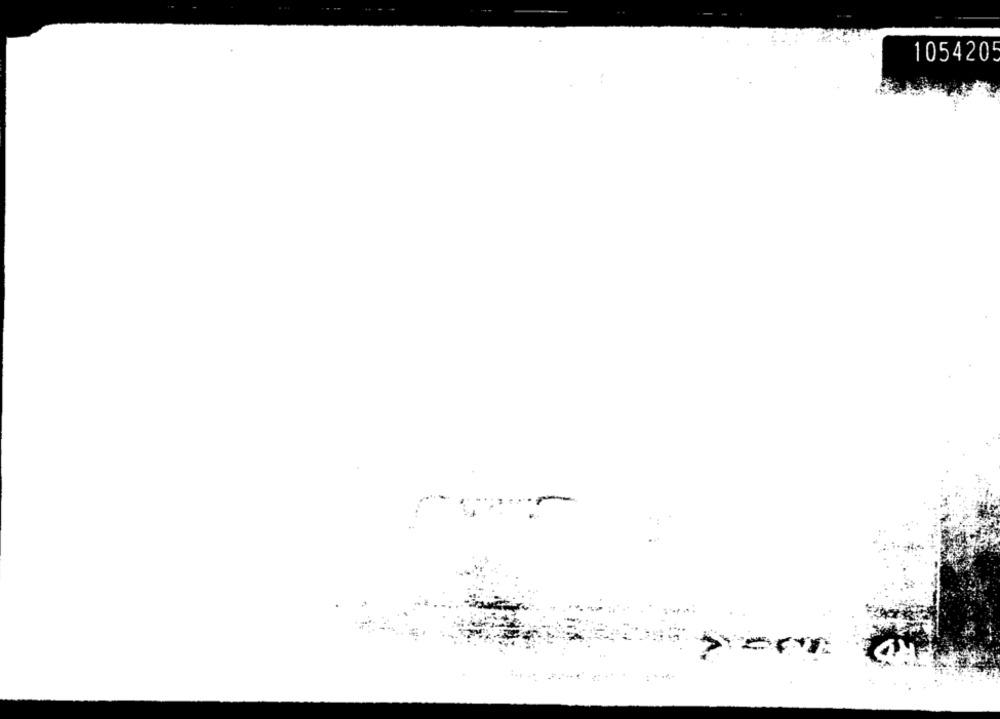
1054205